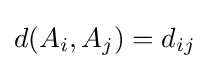
d(A_{i},A_{j})=d_{ij}